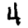
Digit: 4